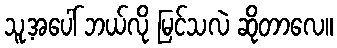
သူ့အပေါ် ဘယ်လို မြင်သလဲ ဆိုတာလေ။